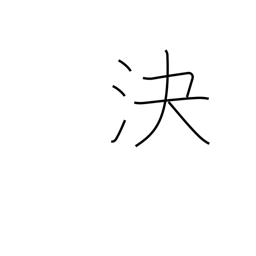
Meaning: decide